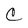
Character: C